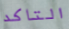
التاكد